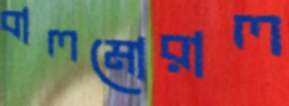
বালমোরাল